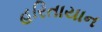
હરિતાયાન